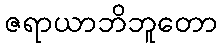
ဇရာယာဘိဘူတော